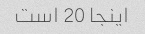
اینجا 20 است